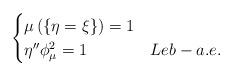
LaTeX: \begin{align*}\begin{cases}\mu\left(\{\eta=\xi\}\right)=1\\\eta''\phi_{\mu}^{2}=1 & Leb-a.e.\end{cases}\end{align*}